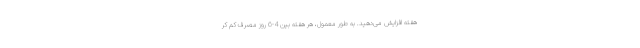
هفته افزایش می‌دهید. به طور معمول، هر هفته بین 4-6 روز مصرف کم کر